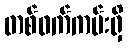
တစ်ဖက်ကမ်းရှိ